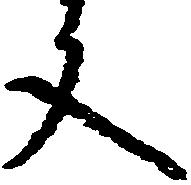
文